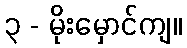
၃ - မိုးမှောင်ကျ။